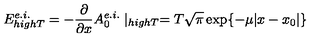
E _ { h i g h T } ^ { e . i . } = - \frac { \partial } { \partial x } A _ { 0 } ^ { e . i . } \mid _ { h i g h T } = T \sqrt { \pi } \exp \{ - \mu | x - x _ { 0 } | \}